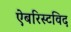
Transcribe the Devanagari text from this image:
ऐबरिस्टविद